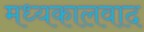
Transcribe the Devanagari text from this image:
मध्यकालवाद